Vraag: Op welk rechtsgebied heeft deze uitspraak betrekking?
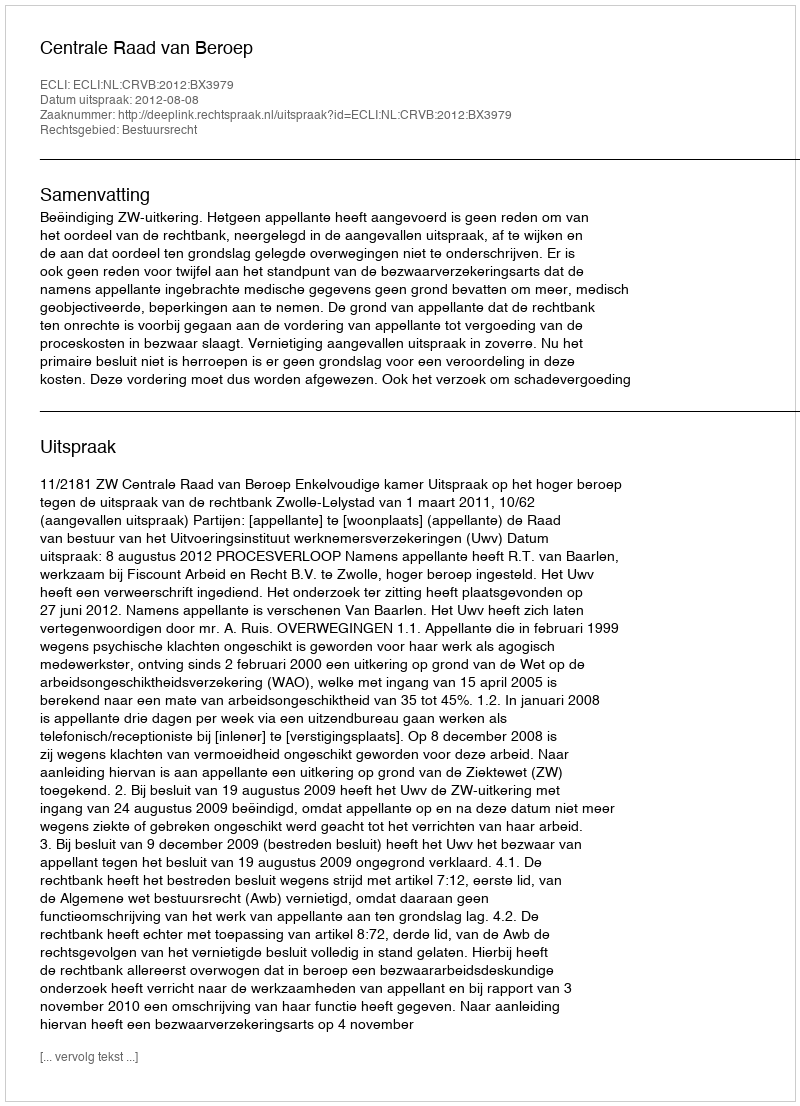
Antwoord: Bestuursrecht